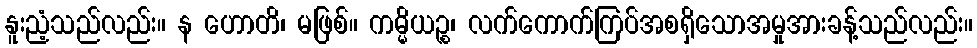
နူးညံ့သည်လည်း။ န ဟောတိ၊ မဖြစ်။ ကမ္မိယဉ္စ၊ လက်ကောက်ကြပ်အစရှိသောအမှုအားခန့်သည်လည်း။